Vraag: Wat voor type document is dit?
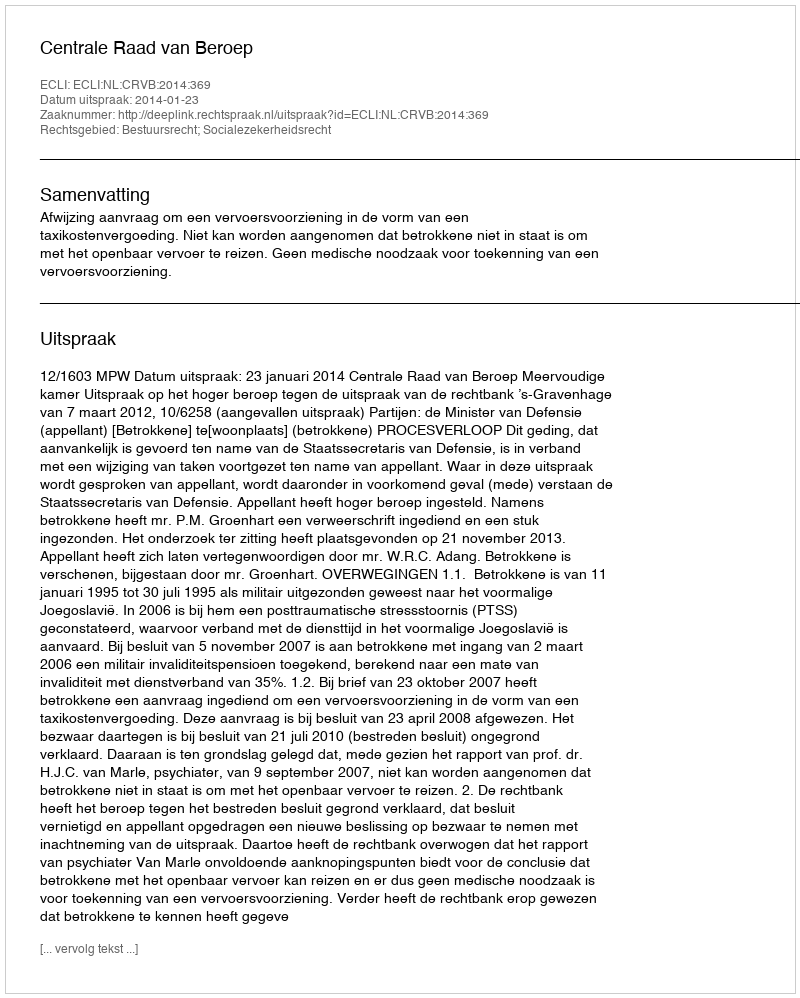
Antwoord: Uitspraak